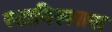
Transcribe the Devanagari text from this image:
स्टानिस्लास